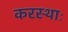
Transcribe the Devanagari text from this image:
करस्थाः